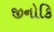
જીનોકિ